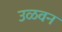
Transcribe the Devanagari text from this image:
उळवन